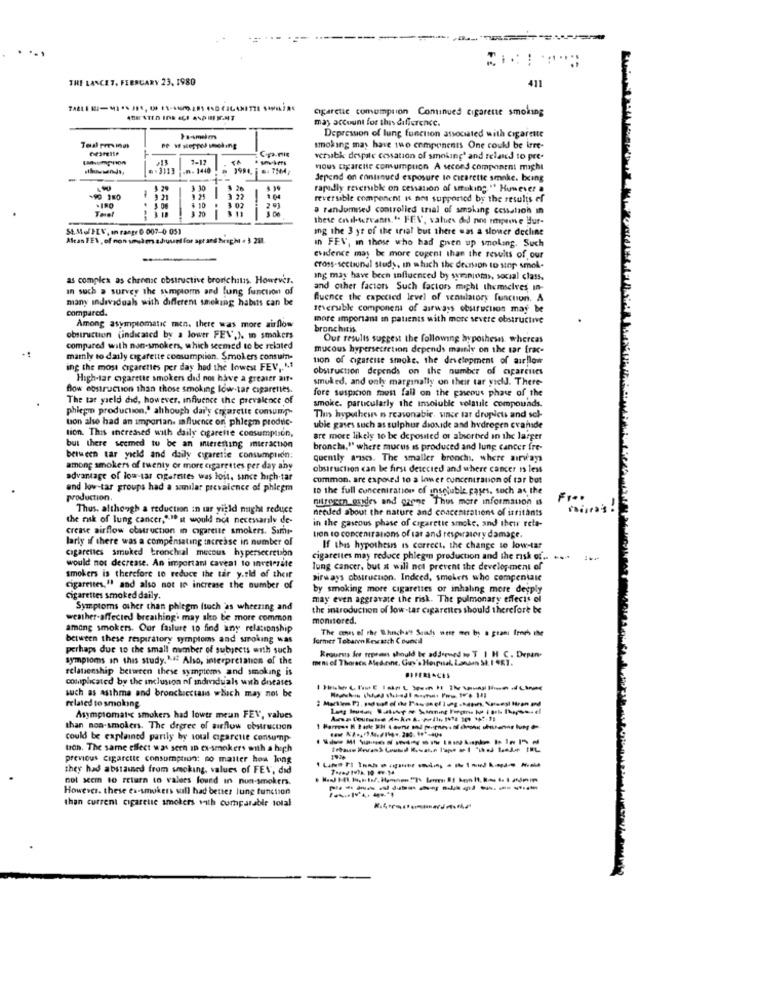
....
THE LANCET, FEBRUARY 23. 1980
411
cigarette comumprion Continued cigarette smoking
may account for this difference.
Depression of lung function associated with cigarette
Copa.ric
smoking may have two components One could be irre-
7-12
versabk despite cessation of smoking' and related to pre-
.n. 1440
nous cigarette comumpuon A second component might
-
depend on continued exposure to cigarette smoke. being
1 29
3 30
$ 20
rapidly reversibk on cessation of smoking " Hunever a
£ 3 21
9 25
3 22
8.04
reversible component is not supported by the results of
THel
9.3 08
$ 10
3 11
a randomised controlled trial of smoking cessation in
these civilservants." FEV, values did not mypine Hur-
St. Mol PEV, In range 0 007-0 051
Ing the 3 yr of the trial but there was a slower decline
Aleas FEV, of non-sslen adiused for apt and berghi - 3 281.
in FEV, in those who had gwen up smoking. Such
evidence may be more cogent than the results of our
cross-sectional studs, in which the decision to sinp smol-
as complex as chronic obstructive bronchitis. However.
ang may have been influenced by symptoms, social class.
in such a survey the symptoms and lung function of
and other factors Such factors might themselves in-
many individuals with different smoking habits can be
Quence the capetied level of senulatory function. A
compared.
reversible component of airways obstruction may be
more important in patients with more severe obstructive
Among asymptomatic men. there was more airflow
bronchitis
obstruction (indicated by a lower FEV,). in smakers
Our results suggest the following hypothesis, whereas
compared with non-smokers, which seemed to be related
mucous hypersecretion depends mainly on the tar frac-
mamly to daily cigarette consumption. Smokers consum-
tion of cigarette smoke, the development of aurllow
ing the most cigarettes per day had the lowest FEV, "1
obstruction depends on the number of cparentes
High-tar cigarette smokers did not have a greater air.
smoked, and only marginally on their tar vidd. There
flow obstruction than those smoking low-tar cigarettes.
fore suspicion must fall on the gaseous phase of the
The tar yield did, however, influence the prevalence of
phlegm production,' although dai's crarette comum"
smoke. particularly the insoluble volatile compounds.
tion also had an importan. influence on phlegm produc-
They hypotheus n reasonable, unce tar droplets and sel-
tion. This increased with daily cigarette consumption,
ubie gases such as sulphur dioxide and hydrogen cvande
are more likely to be deposited or absorbed in the larger
but there seemed to be an interesting micraction
bronchi," where mucus is produced and lung cancer fre-
between tar yield and daily cigaretie consumption;
quently a75cs. The smaller bronch, where airways
among smokers of twenty or more cigarettes per day any
obstruction can be first detected and where cancer is less
advantage of low-tar cigarettes was lost, since high-tar
common. are exposed 10 a lower concentration of tar bot
and low-tar groups had a summilar prevalence of phlegm
to the full concentration of insoluble pases, such as the
production.
nitrogen oxides and carne Thus more information is
Thus. although a reduction in tar yield might reduce
needed about the nature and concentrations of irritants
the risk of lung cancer,"". it would not necessarily de-
in the gaseous phase of cigarette smoke, and thew rela-
crease airflow obstruction in cigarette smokers. Same-
ten to concentrations of lar and respiratory damage.
larly if there was a compensating increase in number of
cigarettes smuked bronchial mucous hypersecretion
If this hypothesis is correct, the change to low-tar
would not decrease. An important caveat to inveterate
cigarettes may reduce phlegen production and the risk of .. ....
1 ***
lung cancer, but it will not prevent the development of
smokers is therefore to reduce the tar y.tld of their
airways obstruction. Indeed, smokers who compentale
cigarettes, " and also not In increase the number of
by smoking more cigarettes or inhaling more deeply
cigarettes smoked daily.
may even aggravate the risk. The pulmonary effects of
Symptoms other than phitgm (such as wheezing and
the introduction of low-tar cigarettes should therefore be
weather-affected breathing' may also be more common
monitored.
among smokers. Our failure to find any relationship
The cons of the Whicha'? Sinds were me by a grani Irph the
between these respiratory symptoms and smoking was
Surmer Tebaren Rewatch Council
perhaps due to the small number of subjects with such
Reotests for repeans should be addressed to T I H C. Depan
symptoms in this study."# Also, interpretation of the
mens el Thorsen Medicine, Guy's Hospital, London St. I $ET.
relationship between these symptoms and smoking is
complicated by the inclusion of individuals with diseases
such as asthma and bronchicctass which may not be
related to smoking
Asymptomat c smokers had lower meun FEV, values
than non-smokers. The degree of airflow obstructon
could be explained partly by soul cigarette consump
tioh. The same effect was seen In ex-smokers with a high
previous cigarette consumption: no matter how long
1926
they had abstained from smoking, values of FEV, did
not seem to return to valoes found in non-smokers.
However. these es-smokers sull had better lung function
than current cigareue smokers with cornparable total